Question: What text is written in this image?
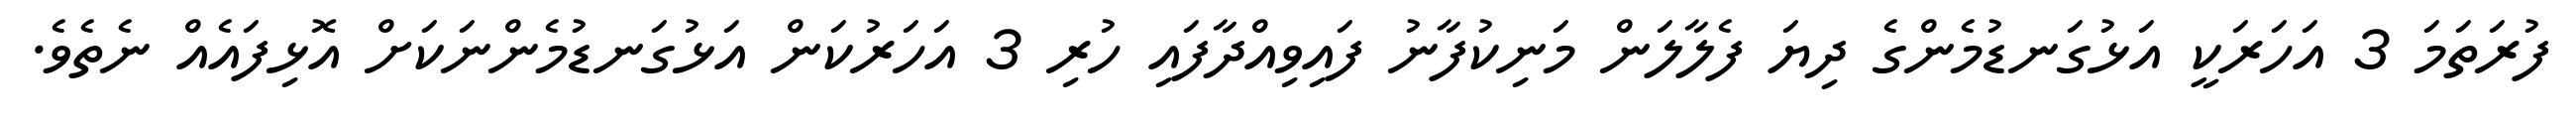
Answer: ފުރަތަމަ 3 އަހަރަކީ އަޅުގަނޑުމެންގެ ދިޔަ ފެލާލަން މަނިކުފާނު ފައިވިއްދާފައި ހުރި 3 އަހަރުކަން އަޅުގަނޑުމެންނަކަށް އޮޅިފައެއް ނެތެވެ.